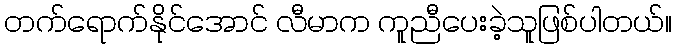
တက်ရောက်နိုင်အောင် လီမာက ကူညီပေးခဲ့သူဖြစ်ပါတယ်။